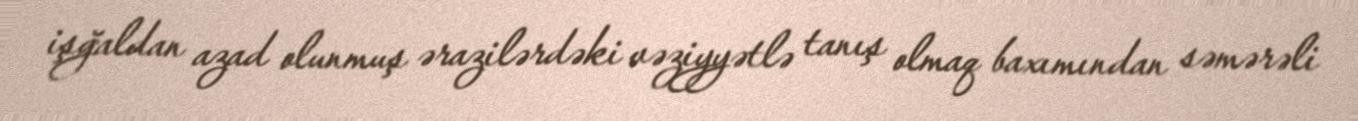
işğaldan azad olunmuş ərazilərdəki vəziyyətlə tanış olmaq baxımından səmərəli